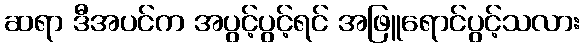
ဆရာ ဒီအပင်က အပွင့်ပွင့်ရင် အဖြူရောင်ပွင့်သလား